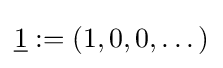
{\underline {1}}:=(1,0,0,\dots )